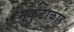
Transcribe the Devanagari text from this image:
मुकुटाकार